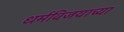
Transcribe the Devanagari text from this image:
धर्मविजयाच्या